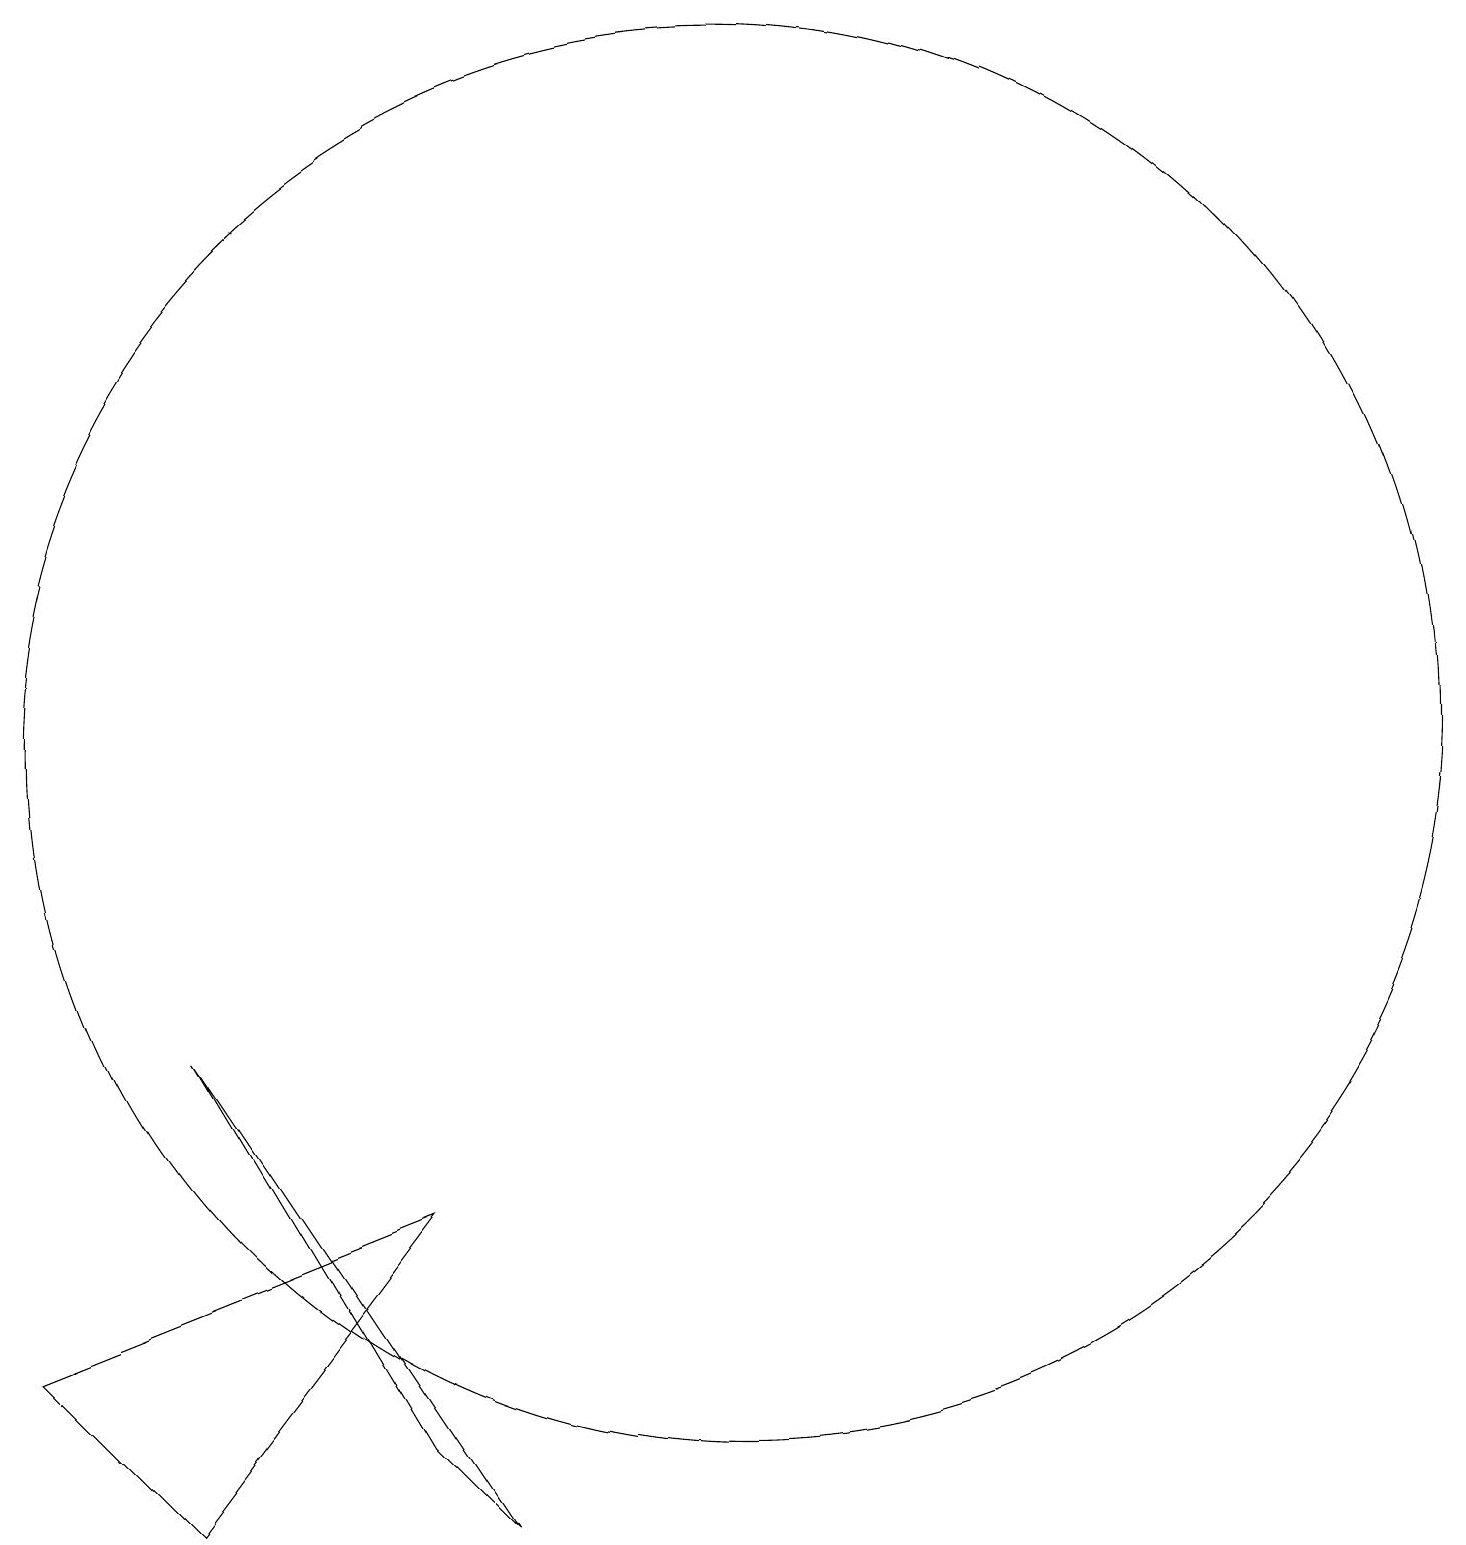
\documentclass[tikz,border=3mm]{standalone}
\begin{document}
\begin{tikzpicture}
\draw (11,11) circle (9);
\draw (7,2) -- (4,7) -- (8,1) -- cycle;
\draw (7,5) -- (2,3) -- (4,1) -- cycle;
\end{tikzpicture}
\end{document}